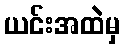
ယင်းအထဲမှ